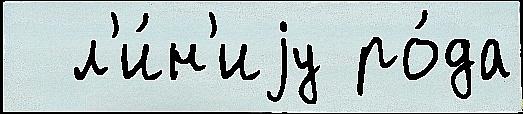
  л'и́н'иjу ро́да